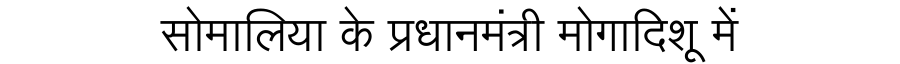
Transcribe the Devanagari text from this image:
सोमालिया के प्रधानमंत्री मोगादिशू में